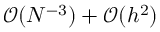
\mathcal { O } ( N ^ { - 3 } ) + \mathcal { O } ( h ^ { 2 } )